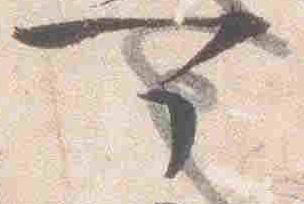
可